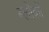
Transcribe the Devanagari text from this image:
ब्लोकों